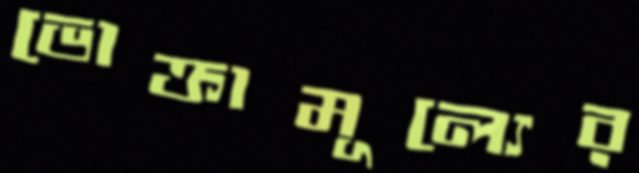
ভোক্তামূল্যের